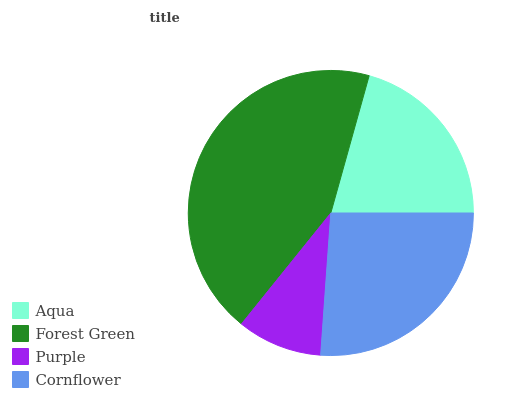
| Aqua | Forest Green | Purple | Cornflower |
 | --- | --- | --- | --- |
 | 20.7% | 43.6% | 9.65% | 26.1% |